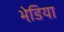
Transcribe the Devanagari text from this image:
भेडि़या